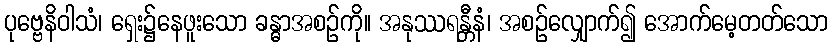
ပုဗ္ဗေနိဝါသံ၊ ရှေး၌နေဖူးသော ခန္ဓာအစဉ်ကို။ အနုဿရန္တီနံ၊ အစဉ်လျှောက်၍ အောက်မေ့တတ်သော